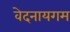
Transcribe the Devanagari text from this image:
वेदनायगम